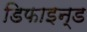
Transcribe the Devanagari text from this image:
डिफाइन्ड